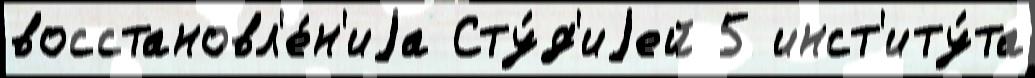
восстановл'е́н'иjа Сту́д'иjей 5 инст'иту́та